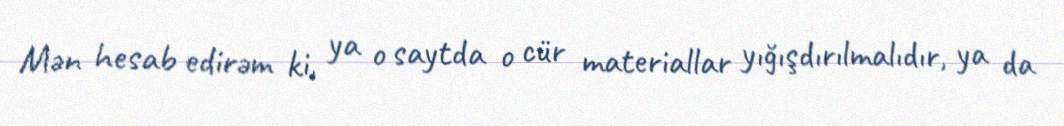
Mən hesab edirəm ki, ya o saytda o cür materiallar yığışdırılmalıdır, ya da